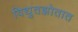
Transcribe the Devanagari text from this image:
विद्युतझोतात